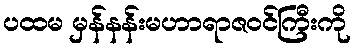
ပထမ မှန်နန်းမဟာရာဇဝင်ကြီးကို